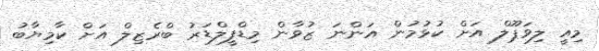
މިއީ ލިވަޕޫލް އަށް ކުޅުމުން އަންނަ ޒުވާން މިޑްފީލްޑަރު ބްރެޒިލް އަށް ކާމިޔާބު